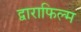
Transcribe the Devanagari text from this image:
द्वाराफिल्म